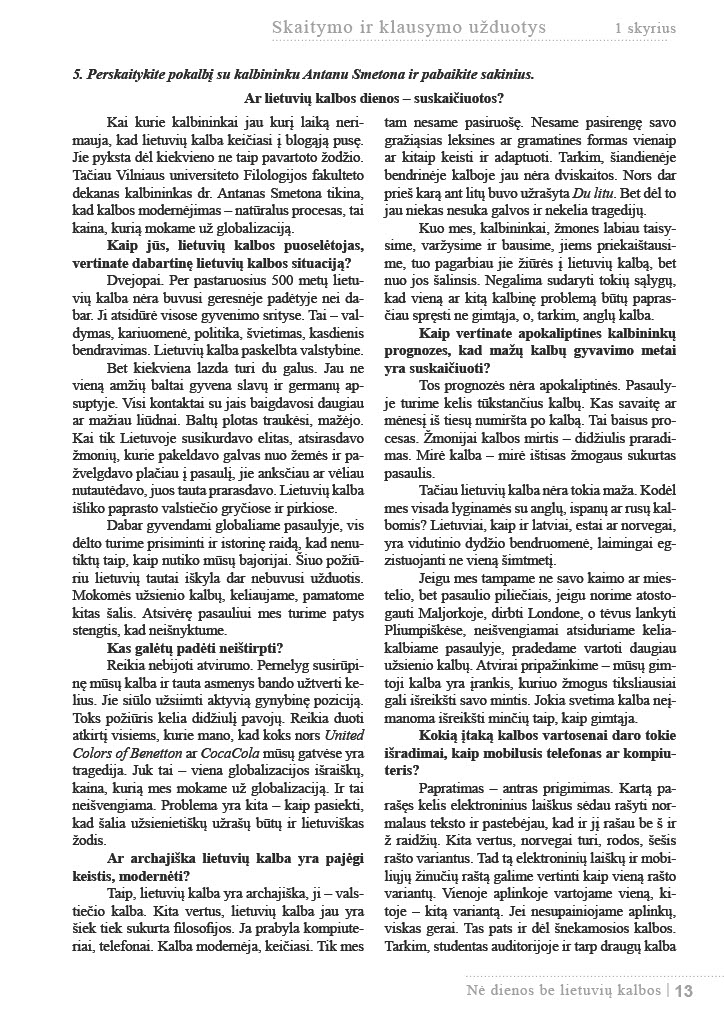
Language: lt